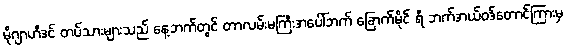
မိုဂျာဟီဒင် တပ်သားများသည် နေ့ဘက်တွင် တာလမ်းမကြီးအပေါ်ဘက် ခြောက်မိုင် ရီ ဘက်အယ်ဝဒ်တောင်ကြားမှ